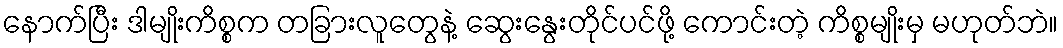
နောက်ပြီး ဒါမျိုးကိစ္စက တခြားလူတွေနဲ့ ဆွေးနွေးတိုင်ပင်ဖို့ ကောင်းတဲ့ ကိစ္စမျိုးမှ မဟုတ်ဘဲ။